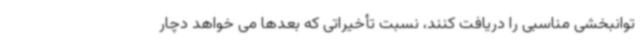
توانبخشی مناسبی را دریافت کنند، نسبت تأخیراتی که بعدها می خواهد دچار